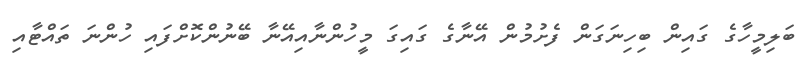
ބަލިމީހާގެ ގައިން ބިހިނަގަން ފެށުމުން އޭނާގެ ގައިގަ މީހުންނާއިއޭނާ ބޭނުންކޮށްފައި ހުންނަ ތައްޓާއި